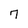
Character: 7